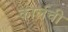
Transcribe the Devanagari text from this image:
कार्लची